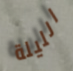
الليلة